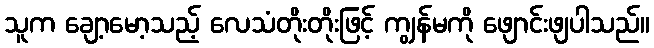
သူက ချော့မော့သည့် လေသံတိုးတိုးဖြင့် ကျွန်မကို ဖျောင်းဖျပါသည်။